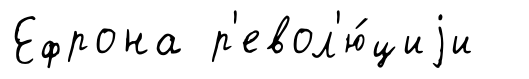
Ефрона р'евол'ю́циjи